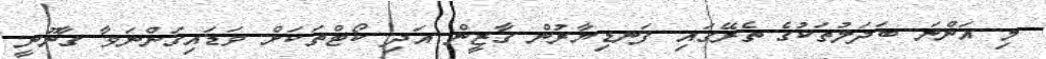
މި އަންނަ ބަދަލުތަކުގެ ތެރޭގައި ފަނޑިޔާރުން ގާޒީން އަދި ކޯޓްތަކަށް ވަޑައިގަންނަވާ ގާނޫނީ